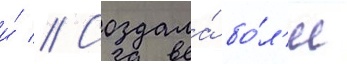
и́ // Создала́ бо́л'ее